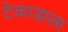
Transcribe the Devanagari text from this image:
टेकाडाला